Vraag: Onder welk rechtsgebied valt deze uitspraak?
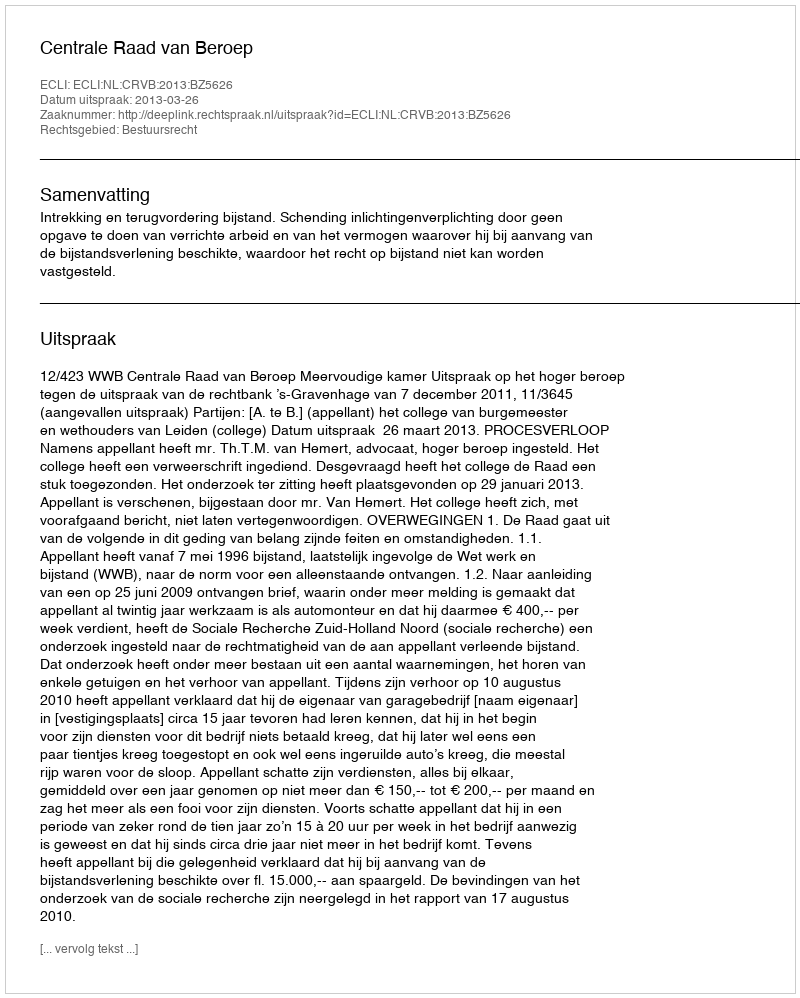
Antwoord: Bestuursrecht